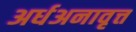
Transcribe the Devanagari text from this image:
अर्धअनावृत्त